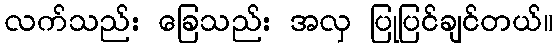
လက်သည်း ခြေသည်း အလှ ပြုပြင်ချင်တယ်။